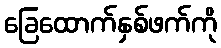
ခြေထောက်နှစ်ဖက်ကို